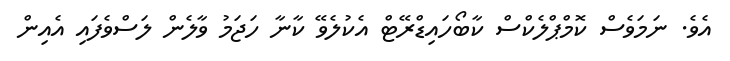
އެވެ. ނަމަވެސް ކޮމްޕްލެކްސް ކާބޯހައިޑްރޭޓް އެކުލެވޭ ކާނާ ހަޖަމު ވާލެން ލަސްވެފައި އެއިން